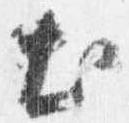
出